Sanitation, dispensaries and jails vaccination Rajputana 1922-1927 - 1922-1927
Year: 1922
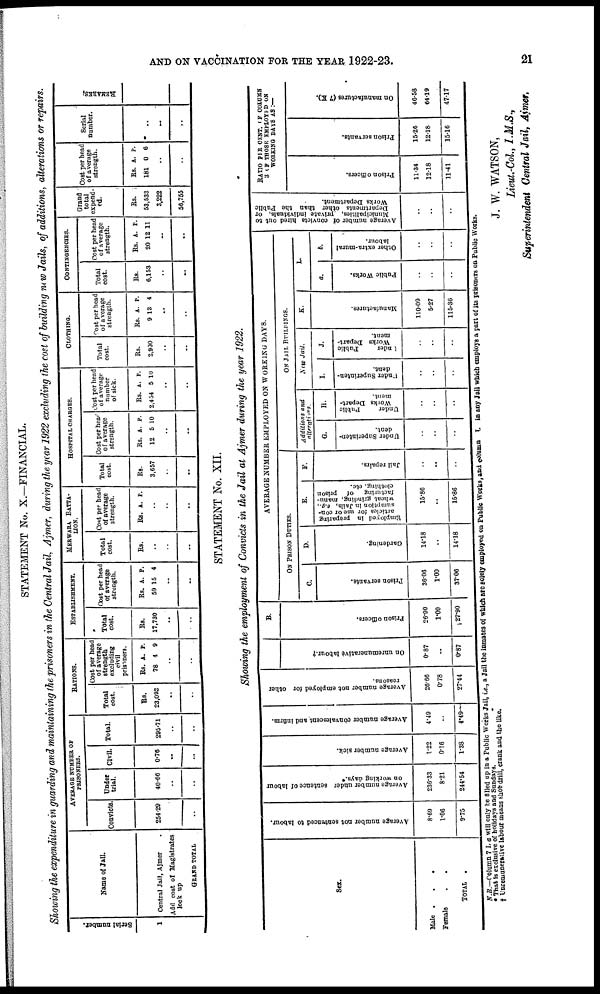
AND ON VACCINATION FOR THE YEAR 1922-23.
21
STATEMENT No. X.—FINANCIAL.
Showing the expenditure in guarding and maintaining the prisoners in the Central Jail, Ajmer, during the year 1922 excluding the cost of building new Jails, of additions, alterations or repairs.
Serial number.
1
Name of Jail.
Central Jail, Ajmer .
Add cost of Magistrates
lock up
GRAND TOTAL
AVERAGE NUMBER OF
PRISONERS.
Convicts.
254.29
..
Under
trial.
40.66
..
..
Civil.
0.76
..
..
Total.
295.71
..
..
RATIONS.
Total
cost.
Rs.
23,092
..
..
Cost per head
of average
strength
excluding
civil
prisoners.
Rs.
78
A.
4
P.
9
..
..
ESTABLISHMENT.
Total
cost.
Rs.
17,730
..
..
Cost per head
of average
strength.
Rs.
59
A.
15
P.
4
..
..
MERWARA BATTA-
----.
Total
cost.
Rs.
..
..
..
Cost per head
of average
strength.
Rs. A. P.
..
..
..
HOSPITAL CHARGES.
Total
cost.
Rs.
3,657
..
..
Cost per head
of average
strength.
Rs.
12
A.
5
P.
10
..
..
Cost per head
of average
number
of sick.
Rs.
2,454
A.
5
P.
10
..
..
CLOTHING.
Total
cost.
Rs.
2,900
..
..
Cost per head
of average
strength.
Rs.
9
A.
13
P.
4
..
..
CONTINGENCIES.
Total
cost.
Rs.
6,153
..
..
Cost per head
of average
strength.
Rs.
20
A.
12
P.
11
.
..
Grand
total
expend-
ed.
Rs.
53,533
3,222
56,755
Cost per head
of average
strength.
Rs.
181
A.
0
P.
6
..
..
Serial
number.
..
..
..
REMARKS.
..
STATEMENT No. XII.
Showing the employment of Convicts in the Jail at Ajmer during the year 1922.
Sex.
Male .
.
.
Female . .
TOTAL
.
Average number not sentenced to labour.
8.69
1.06
9.75
Average number under sentence of labour
on working days.*
236.33
8.21
244.54
Average number sick.
1.22
0.16
1.38
Average number convalescent and infirm.
4.49
4.49.
Average number not employed for other
reasons.
26.66
0.78
27.44
On unremunerative labour.†
0.87
..
0.87
B.
Prison officers.
26.90
1.00
27.90
AVERAGE NUMBER EMPLOYED ON WORKING DAYS.
ON PRISON DUTIES.
C.
Prison servants.
36.06
1.00
37.06
D.
Gardening.
14.18
..
14.18
E.
Employed in preparing
articles for use or con-
sumption in Jails, e.g.,
wheat grinding, manu-
facturing of prison
clothing, etc.
15.86
...
15.86
F.
Jail repairs.
..
..
..
ON JAIL BUILDINGS.
Additions
and
alterations.
G.
Under Superinten-
dent.
..
..
..
H.
Under
Public
Works Depart-
ment.
..
..
..
New Jail.
I.
Under Superinten-
dent.
..
..
..
J.
Under
Public
Works Depart-
ment.
..
..
..
K.
Manufactures.
110.09
5.27
115.36
L.
a.
Public Works.
..
..
..
b.
Other extra-mural
labour.
..
..
..
Average number of convicts hired out to
Municipalities, private individuals, or
Departments other than the Public
Works Department.
..
..
..
RATIO PER CENT. OF COLUMN
3 OF THOSE EMPLOYED ON
WORKING SAYS AS :—
Prison officers.
11.34
12.18
11.41
Prison servants.
15.26
12.18
15.16
On manufactures (7 K).
46.58
64.19
47.17
N.B.—Column 7 L a will only be filled up in a Public Works Jail, i.e., a Jail the inmates of which are solely employed on Public Works,and column L in any Jail which employs a part of its prisoners on Public Works.
* That is exclusive of holidays and Sundays.
† Unremunerative labour means shot drill, crank and the like.
J. W. WATSON,
Lieut.-Col., I.M.S.,
Superintendent Central Jail, Aimer.